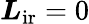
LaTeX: \boldsymbol{L}_{\mathrm{ir}}=0